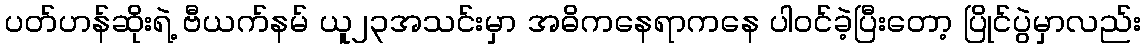
ပတ်ဟန်ဆိုးရဲ့ ဗီယက်နမ် ယူ၂၃အသင်းမှာ အဓိကနေရာကနေ ပါဝင်ခဲ့ပြီးတော့ ပြိုင်ပွဲမှာလည်း